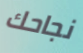
نجاحك